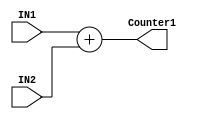
module ALU_ADD(IN1, IN2, Counter1);

input [31:0] IN1;
input [31:0] IN2;
output [31:0] Counter1;

assign Counter1 = IN1 + IN2;


endmodule